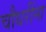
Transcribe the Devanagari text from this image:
चौधरींना